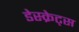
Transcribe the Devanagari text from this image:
डेस्क्रेट्स